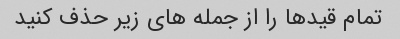
تمام قیدها را از جمله های زیر حذف کنید